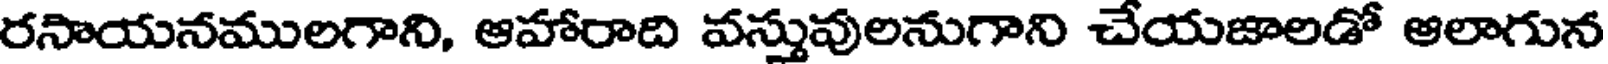
రసాయనములగాని, ఆహారాది వస్తువులనుగాని చేయజాలడో ఆలాగున